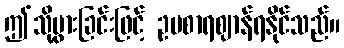
ဤသို့ပွားခြင်းဖြင့် ဥပစာရဈာန်ရနိုင်သည်။